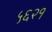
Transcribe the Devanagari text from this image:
५६२१